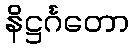
နိဋ္ဌင်္ဂတော